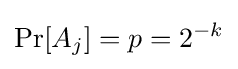
\Pr[A_{j}]=p=2^{-k}